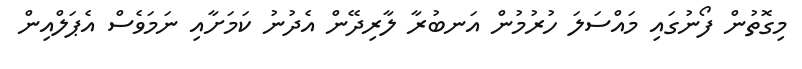
މިގޮތުން ފޯނުގައި މައްސަލަ ހުރުމުން އަނބުރާ ލާރިދޭން އެދުނު ކަމަށާއި ނަމަވެސް އެޕަލްއިން